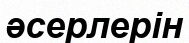
әсерлерін